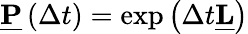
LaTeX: \begin{array}{r}{\underline{{\mathbf{P}}}\left(\Delta t\right)=\exp\left(\Delta t\underline{{\mathbf{L}}}\right)}\end{array}